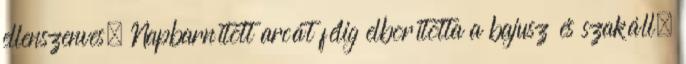
ellenszenves. Napbarnított arcát félig elborította a bajusz és szakáll.